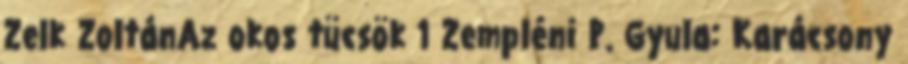
Zelk ZoltánAz okos tücsök 1 Zempléni P. Gyula: Karácsony